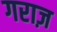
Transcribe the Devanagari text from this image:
गराज़